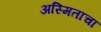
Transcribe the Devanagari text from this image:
अस्मिताचा